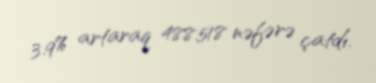
3.9% artaraq 488.518 nəfərə çatdı.